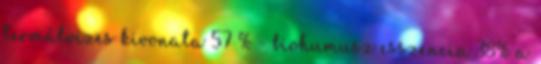
termálvizes kivonata 57 % - biohumusz esszencia 38% a